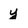
Character: y